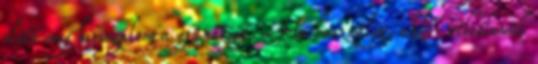
előtt meg birizgálom a gránátját. Ha használja, akkor véletlenül